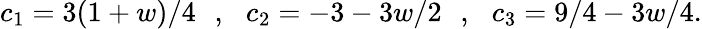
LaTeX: c_{1}=3(1+w)/4\: \: \: ,\: \: \: c_{2}=-3-3w/2\: \: \: ,\: \: \: c_{3}=9/4-3w/4.